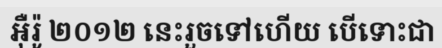
អ៊ឺរ៉ូ ២០១២ នេះរួចទៅហើយ បើទោះជា